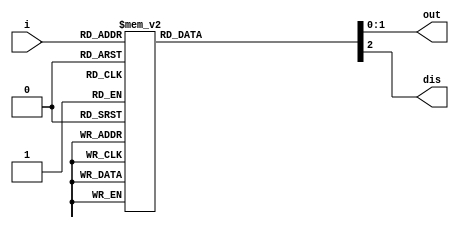
`timescale 1ns / 1ps
//////////////////////////////////////////////////////////////////////////////////
// Alex Hendren
// Sean McFeely
// EE480 - Spring 2013 - Heath
//
// Priority Encoder 4 x 2 
//
//////////////////////////////////////////////////////////////////////////////////
module pri_encoder_4_2(i, out, dis);
	input [3:0] i;
	output [1:0] out;
	output dis;
	
	reg [1:0] out;
	reg dis;
	
	always @ (i) begin
		
		case(i)
			4'b0000: begin out = 2'bxx; dis=1; end
			4'b0001: begin out = 2'b00; dis=0; end
			4'b0010: begin out = 2'b01; dis=0; end
			4'b0011: begin out = 2'b01; dis=0; end
			4'b0100: begin out = 2'b10; dis=0; end
			4'b0101: begin out = 2'b10; dis=0; end
			4'b0110: begin out = 2'b10; dis=0; end
			4'b0111: begin out = 2'b10; dis=0; end
			4'b1000: begin out = 2'b11; dis=0; end
			4'b1001: begin out = 2'b11; dis=0; end
			4'b1010: begin out = 2'b11; dis=0; end
			4'b1011: begin out = 2'b11; dis=0; end
			4'b1100: begin out = 2'b11; dis=0; end
			4'b1101: begin out = 2'b11; dis=0; end
			4'b1110: begin out = 2'b11; dis=0; end
			4'b1111: begin out = 2'b11; dis=0; end
			default: out=2'bZZ;
		endcase
	end

endmodule